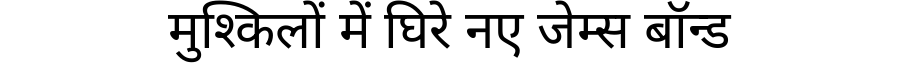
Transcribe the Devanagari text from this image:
मुश्किलों में घिरे नए जेम्स बॉन्ड